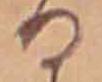
る